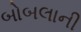
બોબલાની